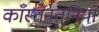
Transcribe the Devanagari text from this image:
काँस्तेनतुनिया